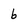
Character: 6